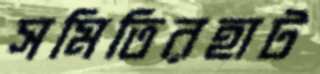
সমিতিরহাট